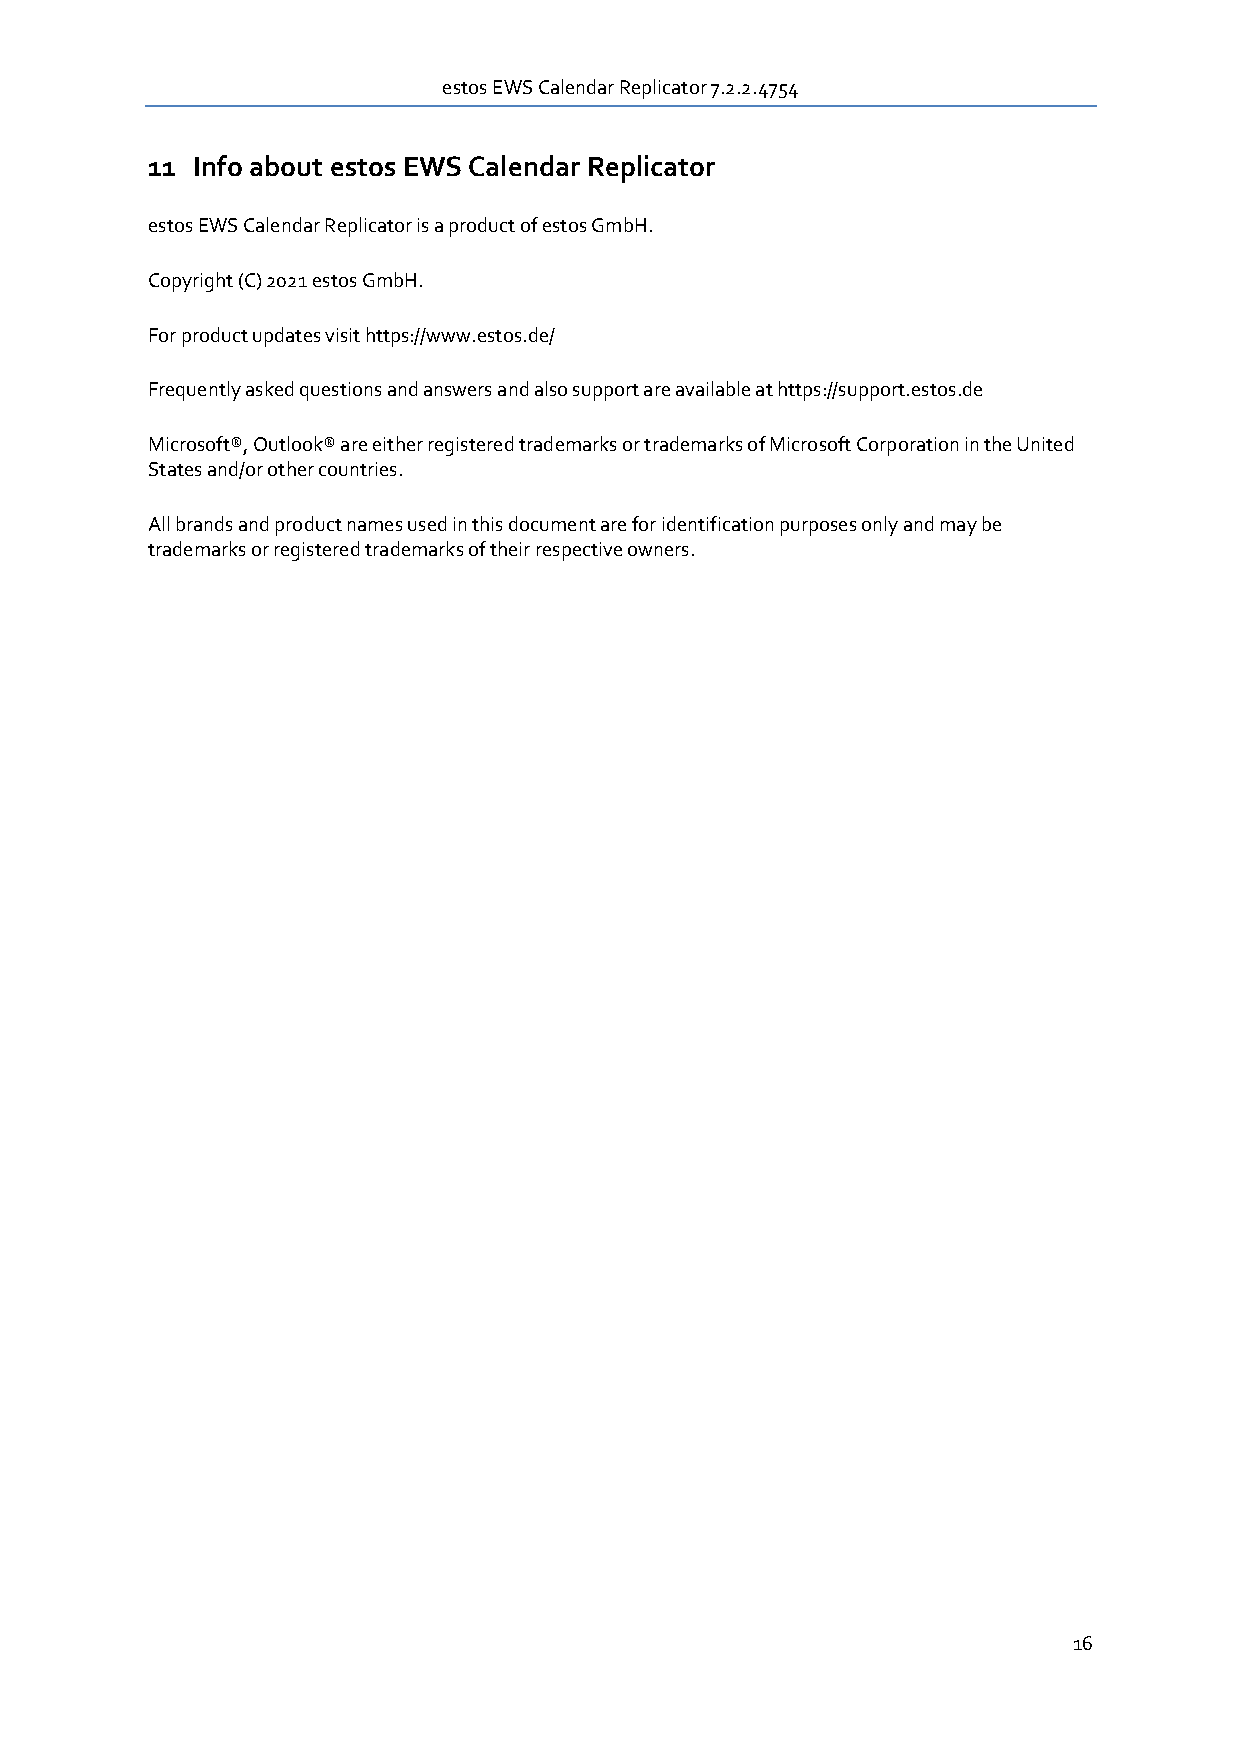
estos EWS Calendar Replicator 7.2.2.4754
 11 Info about estos EWS Calendar Replicator
 estos EWS Calendar Replicator is a product of estos GmbH.
 Copyright (C) 2021 estos GmbH.
 For product updates visit https://www.estos.de/
 Frequently asked questions and answers and also support are available at https://support.estos.de
 Microsoft®, Outlook® are either registered trademarks or trademarks of Microsoft Corporation in the United
 States and/or other countries.
 All brands and product names used in this document are for identification purposes only and may be
 trademarks or registered trademarks of their respective owners.
 16